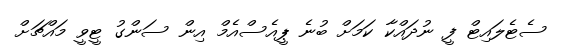
ސެޓެލައިޓް ފީ ނުދައްކާ ކަމަށް ބުނެ ޕީއެސްއެމް އިން ސަންގު ޓީވީ މައްޗަށް